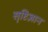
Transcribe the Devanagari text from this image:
सॄष्टिज्ञान